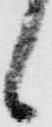
候